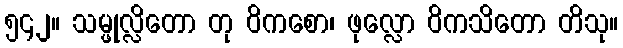
၅၄၂။ သမ္ဖုလ္လိတော တု ဝိကစော၊ ဖုလ္လော ဝိကသိတော တိသု။